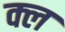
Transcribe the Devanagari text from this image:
क्ल